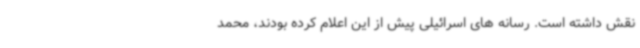
نقش داشته است. رسانه های اسرائیلی پیش از این اعلام کرده بودند، محمد